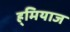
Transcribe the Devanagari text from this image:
ह्र्मियाज